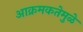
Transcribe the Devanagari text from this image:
आक्रमकतेमुळे